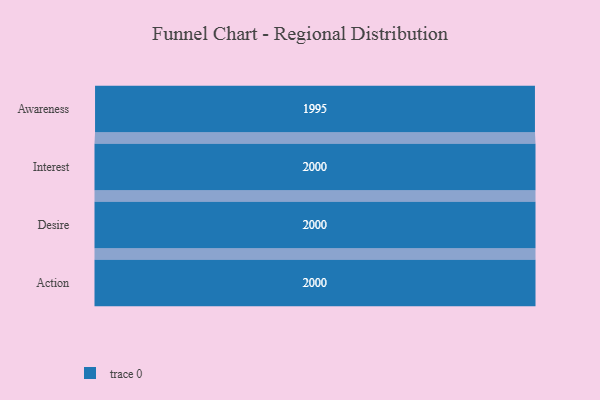
{"axis": {"x": "Stage", "y": "Value"}, "legend": [""], "data": [{"x": "Awareness", "y": 1995.0, "type": ""}, {"x": "Interest", "y": 2000, "type": ""}, {"x": "Desire", "y": 2000, "type": ""}, {"x": "Action", "y": 2000, "type": ""}]}